Annual vaccination report of Bihar and Orissa - 1911-1928
Year: 1911
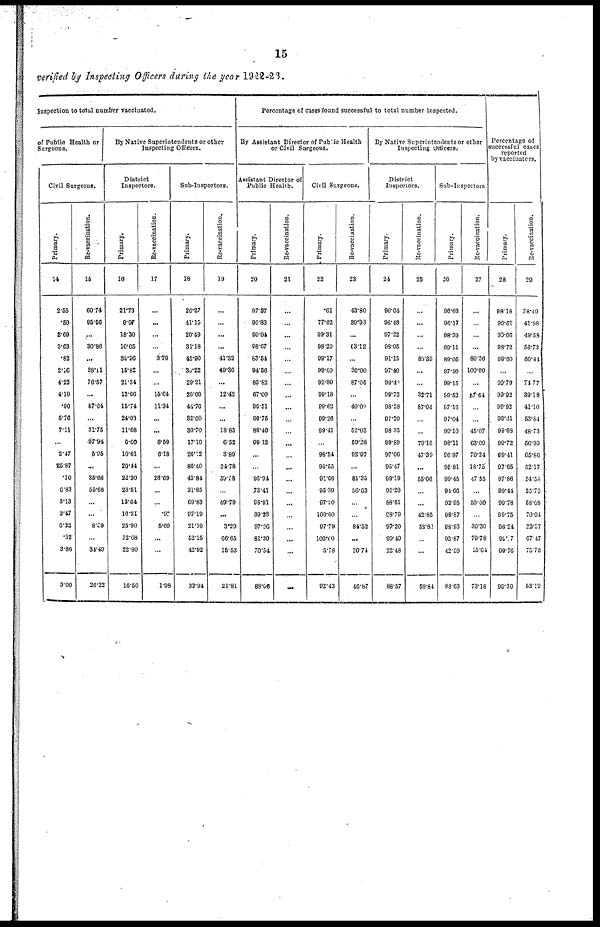
15
verified by Inspecting Officers during the year 1922-23.
Inspection to total number vaccinated.
of Public Health or
Surgeons.
Civil Surgeons.
Primary.
14
2.55
.50
3.69
3.63
.82
2.16
4.22
4.10
.90
5.76
7.11
...
2.47
25.87
.10
6.83
3.13
3.47
6.32
.32
3.86
3.00
Re-vaccination.
15
60.74
95.56
...
30.86
...
38.11
76.57
...
87.64
...
31.75
37.94
5.95
...
35.68
55.68
...
...
8.39
...
34.49
26.22
By Native Superintendents or other
Inspecting Officers.
District
Inspectors.
Primary.
16
21.73
9.97
18.30
10.05
32.96
15.82
21.34
12.66
15.74
24.03
11.68
6.60
10.61
20.44
22.30
23.51
13.64
16.21
25.90
12.68
22.80
16.50
Re-vaccination.
17
...
...
...
...
3.79
...
...
15.64
11.34
...
...
5.59
6.18
...
26.69
...
...
.97
5.09
...
...
1.98
Sub-Inspectors.
Primary.
18
26.27
41.15
20.49
31.18
45.90
30.22
29.21
26.00
44.76
32.00
30.70
17.10
26.12
86.40
43.84
31.85
69.83
97.19
21.10
52.15
42.92
32.94
Re-vaccination.
19
...
...
...
...
41.32
49.36
...
12.42
...
...
18.83
6.52
3.89
34.78
39.18
...
49.79
...
3.29
66.65
15.53
21.81
Percentage of cases found successful to total number inspected.
By Assistant Director of Public Health
or Civil Surgeons.
Assistant Director of
Public Health.
Primary.
20
97.37
96.83
90.04
98.67
83.54
94.56
83.82
67.06
96.51
96.75
88.40
99.12
...
...
95.94
73.41
98.91
89.23
97.96
81.30
70.54
88.06
Re-vaccination.
21
...
...
...
...
...
...
...
...
...
...
...
...
...
...
...
...
...
...
...
...
...
...
Civil Surgeons.
Primary.
22
.61
77.02
99.31
98.20
99.17
99.60
99.89
99.18
99.62
99.26
99.41
...
98.54
98.55
91.66
95.39
97.30
100.00
97.79
100.00
3.78
92.43
Re-vaccination.
23
43.80
39.03
...
63.12
...
30.00
87.05
...
40.09
...
52.03
59.28
92.97
...
81.35
56.63
...
...
84.52
...
20.74
46.87
By Native Superintendents or other
Inspecting Officers.
District
Inspectors.
Primary.
24
90.04
96.48
97.22
98.05
91.15
97.40
99.49
99.72
98.28
97.20
98.33
99.89
97.66
95.47
99.19
92.20
88.61
98.79
97.20
99.49
22.48
88.57
Re-vaccination.
25
...
...
...
...
80.39
...
...
32.71
87.04
...
...
79.16
47.39
...
55.06
...
...
42.85
58.82
...
...
50.84
Sub-Inspectors.
Primary.
26
96.03
96.17
98.39
99.11
89.05
97.90
99.15
99.52
97.16
97.04
99.10
98.11
96.97
95.81
90.45
94.66
92.95
98.87
98.93
93.87
42.59
88.63
Re-vaccination.
27
...
...
...
...
80.36
100.00
...
57.64
...
...
45.07
63.09
70.24
18.75
47.35
...
50.00
...
30.30
79.78
15.64
73.18
Percentage of
successful cases
reported
by vaccinators.
Primary.
28
98.18
99.61
93.66
98.72
99.60
...
99.79
99.92
99.92
99.41
99.68
99.72
99.41
97.65
97.86
99.44
99.78
99.75
98.24
99.17
99.76
99.30
Re-vaccination.
29
38.49
41.98
49.58
56.72
60.44
...
74.77
39.18
41.10
53.84
48.73
56.99
65.86
52.17
54.58
35.79
58.08
70.04
22.37
67.47
75.76
53.19